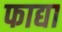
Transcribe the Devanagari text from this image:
फाद्या